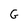
Character: G